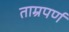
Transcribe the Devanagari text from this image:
ताम्रपर्ण